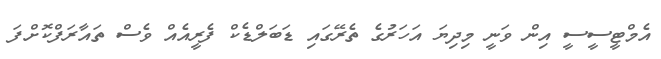
އެމްޓީސީސީ އިން ވަނީ މިދިޔަ އަހަރުގެ ތެރޭގައި ޑަބަލްޑެކް ފެރީއެއް ވެސް ތައާރަފްކޮށްފަ